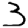
Digit: 3